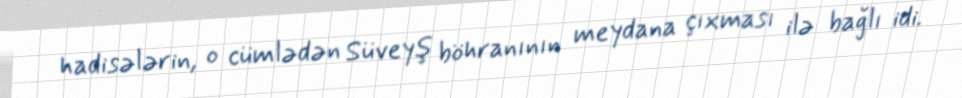
hadisələrin, o cümlədən Süveyş böhranının meydana çıxması ilə bağlı idi.